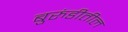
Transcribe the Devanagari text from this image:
बुरुंडीतील